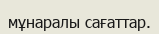
мұнаралы сағаттар.